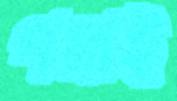
পস্নাই